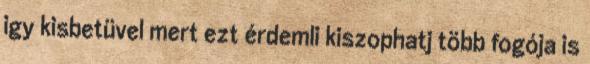
igy kisbetüvel mert ezt érdemli kiszophatj több fogója is